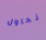
نحاول